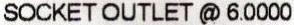
SOCKET OUTLET @ 6.0000